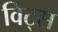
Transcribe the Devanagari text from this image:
विट्स